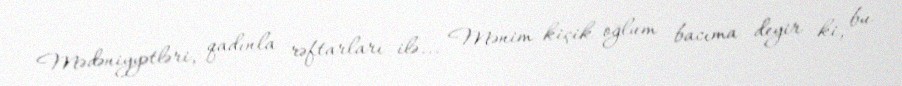
Mədəniyyətləri, qadınla rəftarları ilə... Mənim kiçik oğlum bacıma deyir ki, bu